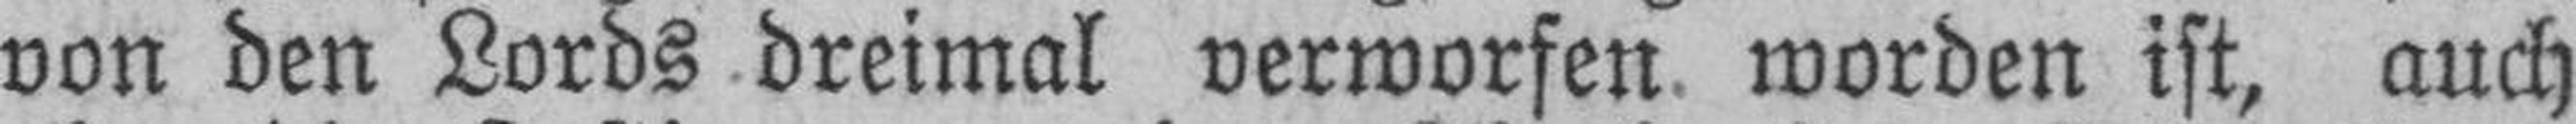
von den Lords dreimal verworfen worden ist, auch